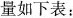
量如下表：